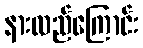
နားလည်ကြောင်း